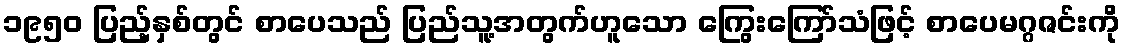
၁၉၅၀ ပြည့်နှစ်တွင် စာပေသည် ပြည်သူ့အတွက်ဟူသော ကြွေးကြော်သံဖြင့် စာပေမဂ္ဂဇင်းကို